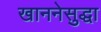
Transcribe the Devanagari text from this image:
खाननेसुद्धा